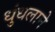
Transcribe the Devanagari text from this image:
धुंधलाने